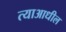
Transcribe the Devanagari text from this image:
त्याआधील